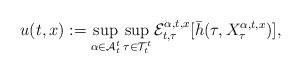
LaTeX: \begin{align*}u(t,x):= \sup_{\alpha \in \mathcal{A}^t_t} \sup_{\tau \in \mathcal{T}^t_{t}} \mathcal{E}_{t, \tau}^{\alpha,t,x} [ \bar h(\tau, X_{\tau}^{\alpha,t,x})], \end{align*}